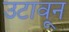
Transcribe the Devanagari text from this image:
उटावून